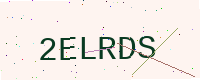
Text: 2ELRDS